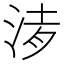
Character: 𣵒